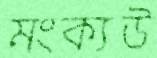
মংক্যউ